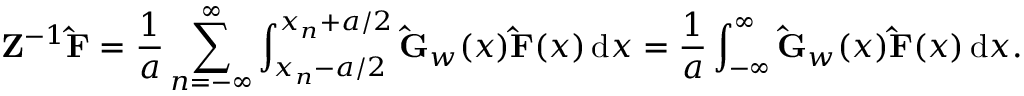
\mathbf { Z } ^ { - 1 } \mathbf { \hat { F } } = \frac { 1 } { a } \sum _ { n = - \infty } ^ { \infty } \int _ { x _ { n } - a / 2 } ^ { x _ { n } + a / 2 } \mathbf { \hat { G } } _ { w } ( x ) \mathbf { \hat { F } } ( x ) \, \mathrm { d } x = \frac { 1 } { a } \int _ { - \infty } ^ { \infty } \mathbf { \hat { G } } _ { w } ( x ) \mathbf { \hat { F } } ( x ) \, \mathrm { d } x .